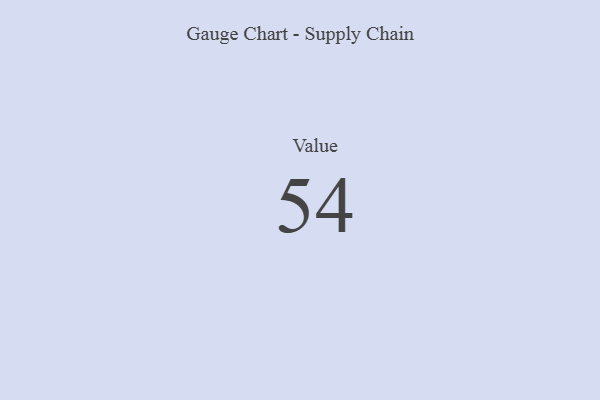
{"axis": {"x": "Metric", "y": "Value"}, "legend": [""], "data": [{"x": "Value", "y": 54, "type": ""}]}